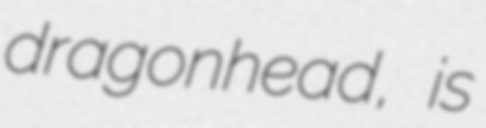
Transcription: dragonhead, is